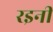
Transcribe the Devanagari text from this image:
रइनी